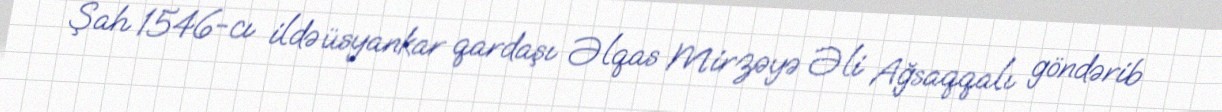
Şah 1546-cı ildə üsyankar qardaşı Əlqas Mirzəyə Əli Ağsaqqalı göndərib